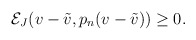
\begin{align*} \begin{aligned} \mathcal{E}_J(v-\Tilde{v},p_n(v-\Tilde{v}))\geq 0. \end{aligned} \end{align*}